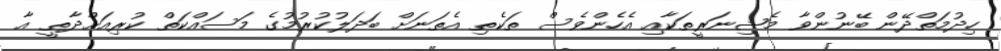
ހިދުމަތްދޭން ބޭނުންވާ މެޝިނަރީތަކާއި އެހެންވެސް ތަކެތި އެތަނަށް ބަދަލުކުރުމުގެ މަސައްކަތް ކުރިއަށްދާތީ އާ